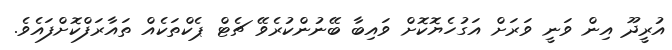
އުރީދޫ އިން ވަނީ ވަރަށް އަގުހެޔޮކޮށް ވައިބާ ބޭނުންކުރެވޭ ޗެޓް ޕެކްތަކެއް ތައާރަފްކޮށްފައެވެ.